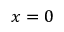
x = 0